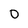
Character: 0